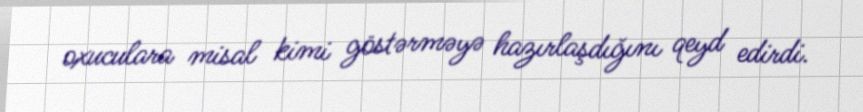
oxuculara misal kimi göstərməyə hazırlaşdığını qeyd edirdi.